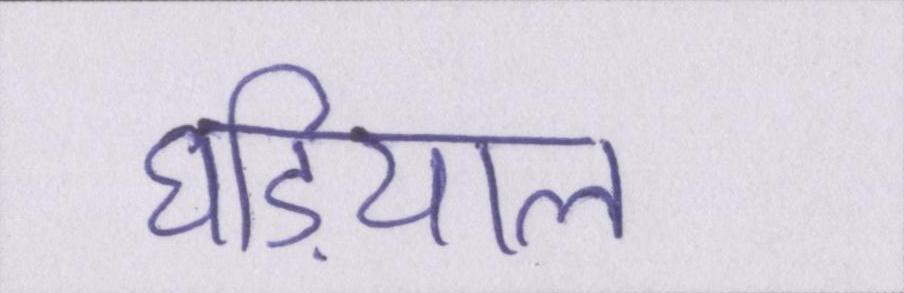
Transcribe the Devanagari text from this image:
घडि़याल